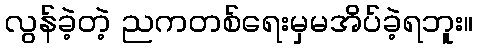
လွန်ခဲ့တဲ့ ညကတစ်ရေးမှမအိပ်ခဲ့ရဘူး။